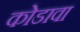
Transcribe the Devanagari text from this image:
कोडावा